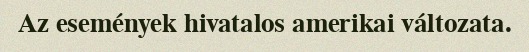
Az események hivatalos amerikai változata.